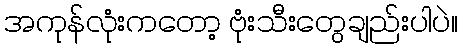
အကုန်လုံးကတော့ ဗုံးသီးတွေချည်းပါပဲ။